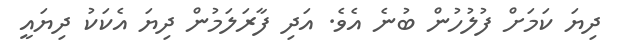
ދިޔަ ކަމަށް ފުލުހުން ބުނެ އެވެ. އަދި ފާރަލަމުން ދިޔަ އެކަކު ދިޔައީ